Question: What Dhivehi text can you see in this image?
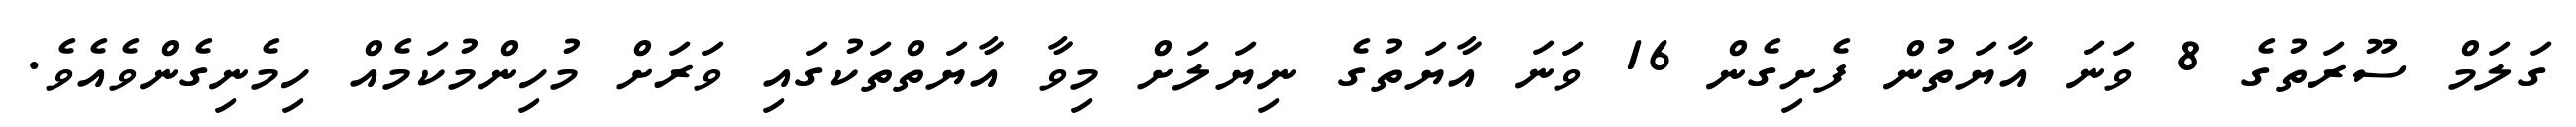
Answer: ގަލަމް ސޫރަތުގެ 8 ވަނަ އާޔަތުން ފެށިގެން 16 ވަނަ އާޔަތުގެ ނިޔަލަށް މިވާ އާޔަތްތަކުގައި ވަރަށް މުހިންމުކަމެއް ހިމެނިގެންވެއެވެ.